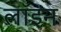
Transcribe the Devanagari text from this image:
लॉइन